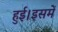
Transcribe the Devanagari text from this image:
हुई।इसमें